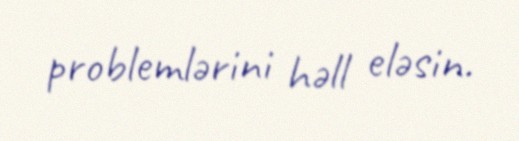
problemlərini həll eləsin.